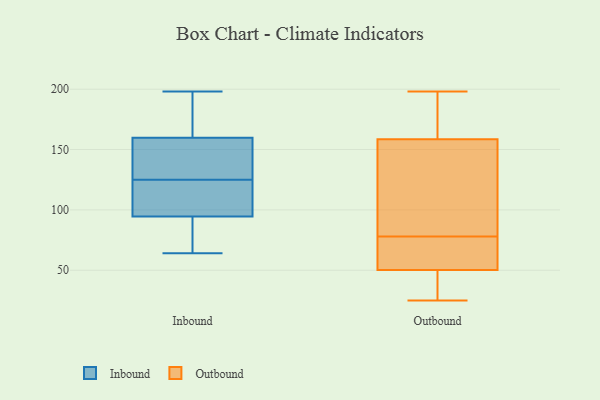
{"axis": {"x": "Active Users", "y": "Value"}, "legend": ["Inbound", "Outbound"], "data": [{"x": "", "y": 80, "type": "Inbound"}, {"x": "", "y": 91, "type": "Inbound"}, {"x": "", "y": 191, "type": "Inbound"}, {"x": "", "y": 64, "type": "Inbound"}, {"x": "", "y": 117, "type": "Inbound"}, {"x": "", "y": 96, "type": "Inbound"}, {"x": "", "y": 94, "type": "Inbound"}, {"x": "", "y": 143, "type": "Inbound"}, {"x": "", "y": 198, "type": "Inbound"}, {"x": "", "y": 156, "type": "Inbound"}, {"x": "", "y": 193, "type": "Inbound"}, {"x": "", "y": 125, "type": "Inbound"}, {"x": "", "y": 134, "type": "Inbound"}, {"x": "", "y": 161, "type": "Inbound"}, {"x": "", "y": 109, "type": "Inbound"}, {"x": "", "y": 85, "type": "Outbound"}, {"x": "", "y": 158, "type": "Outbound"}, {"x": "", "y": 73, "type": "Outbound"}, {"x": "", "y": 198, "type": "Outbound"}, {"x": "", "y": 166, "type": "Outbound"}, {"x": "", "y": 30, "type": "Outbound"}, {"x": "", "y": 73, "type": "Outbound"}, {"x": "", "y": 78, "type": "Outbound"}, {"x": "", "y": 65, "type": "Outbound"}, {"x": "", "y": 96, "type": "Outbound"}, {"x": "", "y": 136, "type": "Outbound"}, {"x": "", "y": 33, "type": "Outbound"}, {"x": "", "y": 25, "type": "Outbound"}, {"x": "", "y": 190, "type": "Outbound"}, {"x": "", "y": 160, "type": "Outbound"}, {"x": "", "y": 33, "type": "Outbound"}, {"x": "", "y": 56, "type": "Outbound"}]}